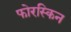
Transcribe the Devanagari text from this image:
फोरस्किन